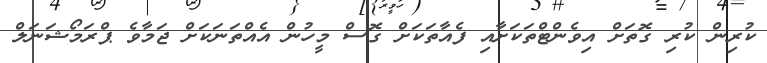
ކުރިން ކުރި ގޮތަށް އިވެންޓްތަކަށާއި ފެއާތަކަށް ގޮސް މީހުން އެއްތަނަކަށް ޖަމާވެ ޕްރަމޯޝަނަލް